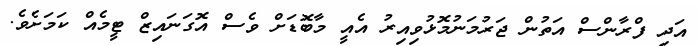
އަދި ފްރާންސް އަތުން ޖަރުމަނުމޮޅުވިއިރު އެއީ މާބޮޑަށް ވެސް އޮގަނައިޒް ޓީމެއް ކަމަށެވެ.